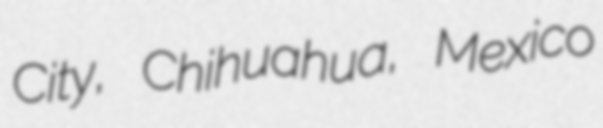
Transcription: City, Chihuahua, Mexico